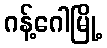
ဂန့်ဂေါမြို့